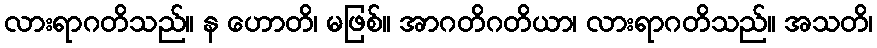
လားရာဂတိသည်။ န ဟောတိ၊ မဖြစ်။ အာဂတိဂတိယာ၊ လားရာဂတိသည်။ အသတိ၊